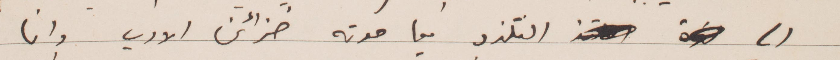
الى التلذذ فيما حوته خزائن الادب وانا